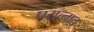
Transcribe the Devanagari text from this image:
पयत्नात